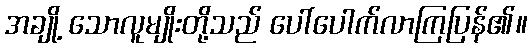
အချို့ သောလူမျိုးတို့သည် ပေါ်ပေါက်လာကြပြန်၏။